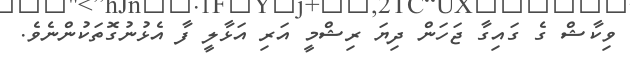
ވިކާޝް ގެ ގައިގާ ޖަހަން ދިޔަ ރިޝްމީ އަރި އަޅާލީ ފާ އެޅުނުގޮތަކުންނެވެ.